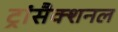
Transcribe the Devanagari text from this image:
ट्रांसैक्शनल